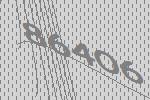
86406